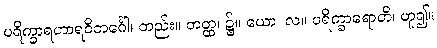
ပရိက္ခာရဟာရဝိဘင်္ဂေါ၊ တည်း။ တတ္ထ၊ ၌။ ယော၊ လ။ ပရိက္ခာရောတိ၊ ဟူ၍။